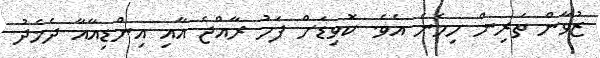
ޒުވާން ތަރިން ހިމެނެ އެވެ. ކޮވިޑަށް ފަހު ރާއްޖެ އާއި އިންޑިއާއާ ދެމެދު